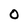
Character: 0